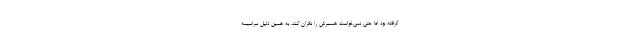
گرفته بود اما حتی نمی‌خواست همسرش را نگران کند. به همین دلیل سراسیمه